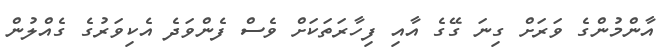
އާންމުންގެ ވަރަށް ގިނަ ގޭގެ އާއި ފިހާރަތަކަށް ވެސް ފެންވަދެ އެކިވަރުގެ ގެއްލުން